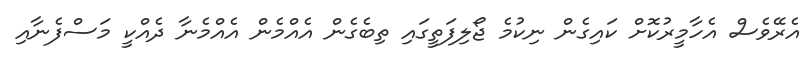
އެރޭވެސް އެހާމީރުކޮށް ކައިގެން ނިކުމެ ޖޯލިފަތީގައި ތިބެގެން އެއްމެން އެއްމެނާ ދެއްކީ މަސްފެނާއި